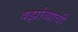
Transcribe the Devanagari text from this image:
वर्झाव्याची